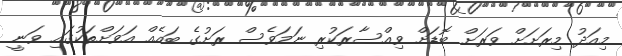
މިއަދު މިރަށަށް ވަރަށް ބޮޑަށް ވިއްސާރަކުރި ނަމަވެސް ރަށުގެ ބައެއް އަވަށްތަކުގައި ވަނީ